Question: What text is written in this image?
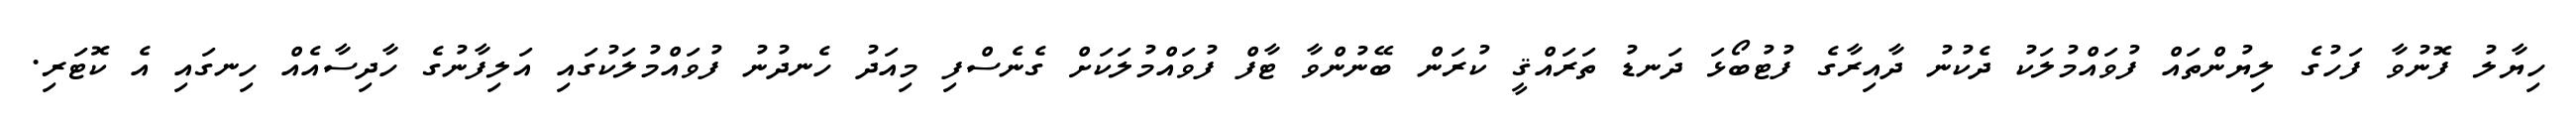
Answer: ހިޔާލު ފޮނުވާ ފަހުގެ ލިޔުންތައް ފުވައްމުލަކު ދެކުނު ދާއިރާގެ ފުޓުބޯޅަ ދަނޑު ތަރައްޤީ ކުރަން ބޭނުންވާ ޓާފް ފުވައްމުލަކަށް ގެނެސްފި މިއަދު ހެނދުނު ފުވައްމުލަކުގައި އަލިފާނުގެ ހާދިސާއެއް ހިނގައި އެ ކޮޓަރި.